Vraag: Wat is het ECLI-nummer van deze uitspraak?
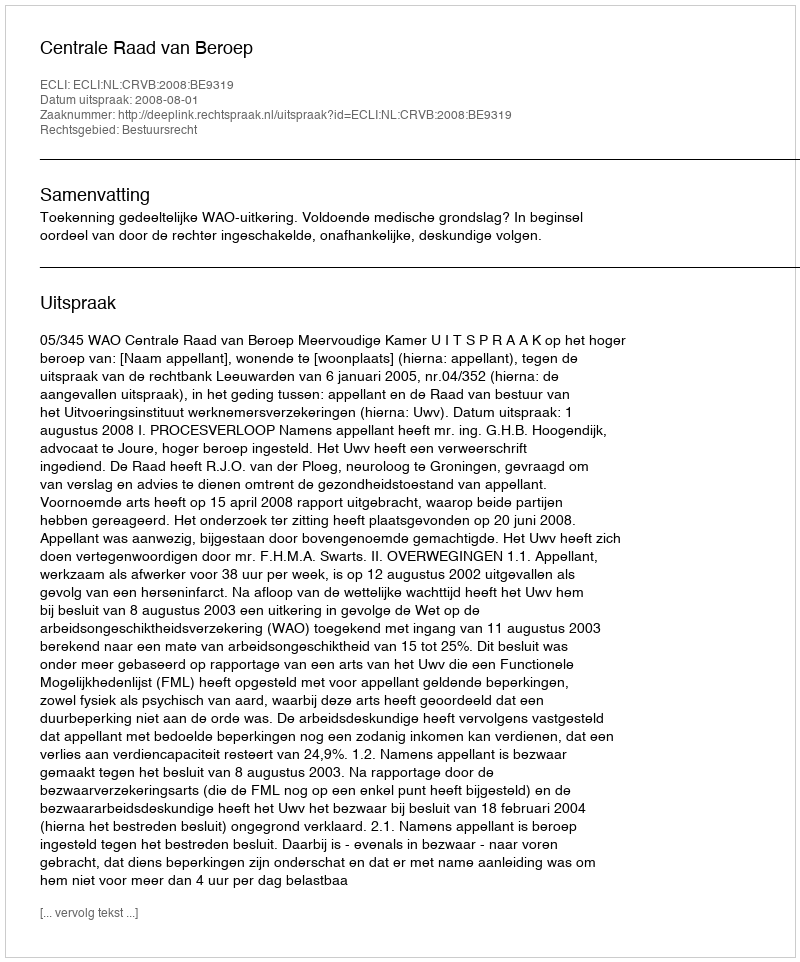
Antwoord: ECLI:NL:CRVB:2008:BE9319